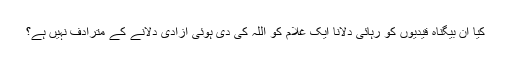
کیا ان بیگناہ قیدیوں کو رہائی دلانا ایک غلام کو اللہ کی دی ہوئی آزادی دلانے کے مترادف نہیں ہے؟